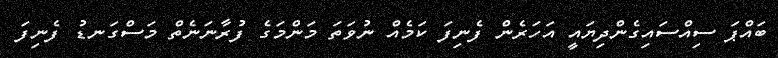
ބައްޕަ ސިއްސައިގެންދިޔައީ އަހަރެން ފެނިފަ ކަމެއް ނުވަތަ މަންމަގެ ފުރާނަނެތް މަސްގަނޑު ފެނިފަ